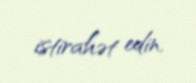
istirahət edin.